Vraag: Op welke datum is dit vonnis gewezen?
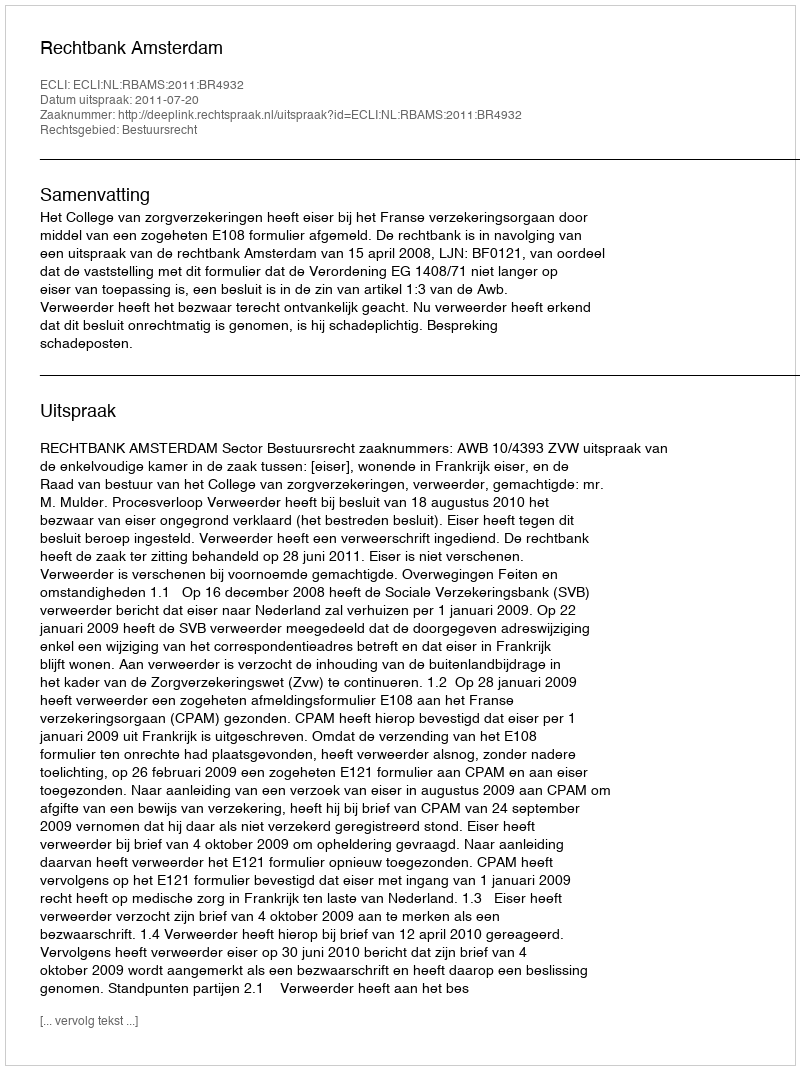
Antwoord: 2011-07-20